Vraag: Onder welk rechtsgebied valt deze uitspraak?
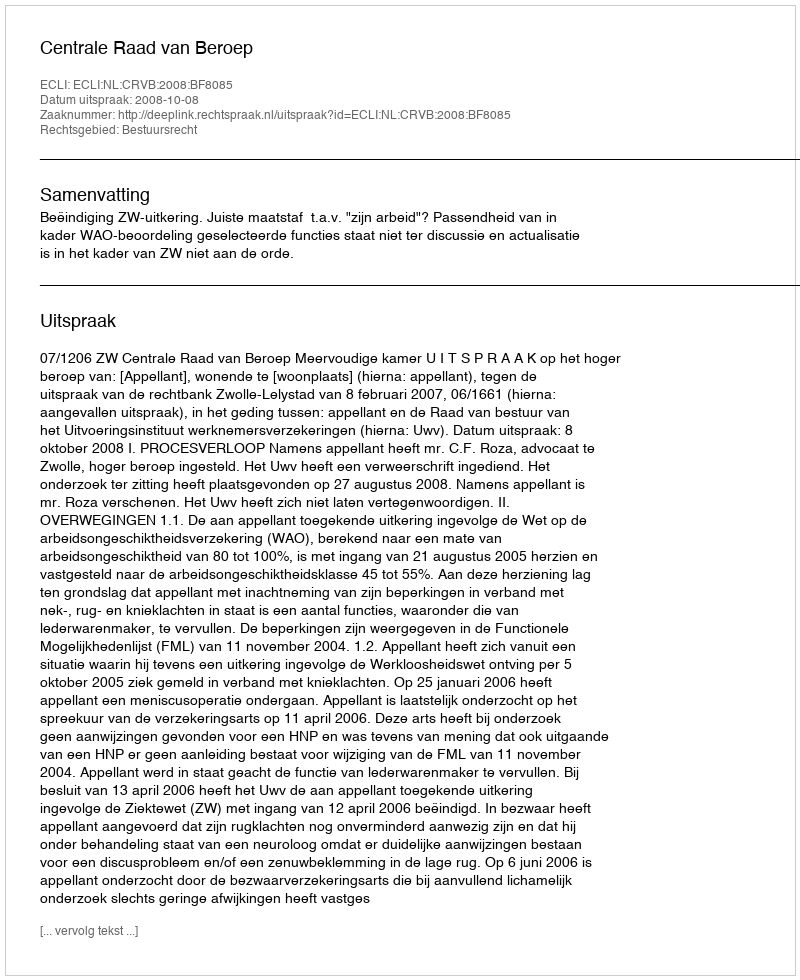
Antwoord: Bestuursrecht